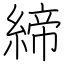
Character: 締